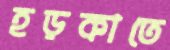
হড়কাতে